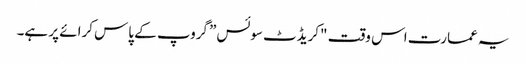
یہ عمارت اس وقت "کریڈٹ سوئس” گروپ کے پاس کرائے پر ہے۔